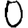
Digit: 0